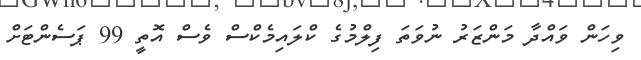
ވިހަން ވައްދާ މަންޒަރު ނުވަތަ ފިލްމުގެ ކްލައިމެކްސް ވެސް އޮތީ 99 ޕަސެންޓަށް